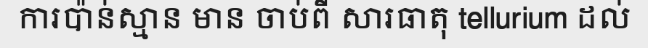
ការប៉ាន់ស្មាន មាន ចាប់ពី សារធាតុ tellurium ដល់